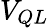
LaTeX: V_{QL}